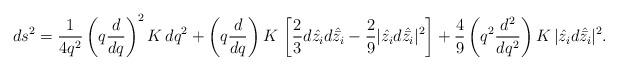
LaTeX: \begin{align*}ds^2 = {1 \over 4q^2} \left(q {d \over dq}\right)^2 K\, dq^2 + \left(q {d \over dq}\right) K\, \left[{2 \over 3} d\hat{z_i} d\hat{\bar{z_i}} - {2 \over 9} | \hat{z_i} d\hat{\bar{z_i}}|^2 \right] + {4 \over 9} \left(q^2 {d^2 \over dq^2}\right) K \, | \hat{z_i} d\hat{\bar{z_i}}|^2 .\end{align*}